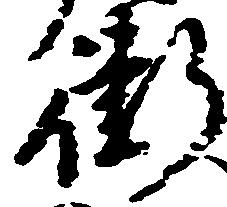
衛